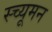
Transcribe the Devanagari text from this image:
स्च्यूमन